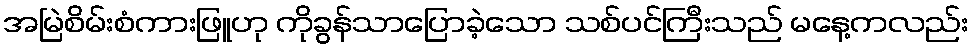
အမြဲစိမ်းစံကားဖြူဟု ကိုခွန်သာပြောခဲ့သော သစ်ပင်ကြီးသည် မနေ့ကလည်း